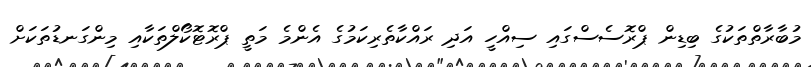
މުބާރާތްތަކުގެ ބިޑިން ޕްރޮސެސްގައި ސިއްހީ އަދި ރައްކާތެރިކަމުގެ އެންމެ މަތީ ޕްރޮޓޮކޯލްތަކާއި މިންގަނޑުތަކަށް